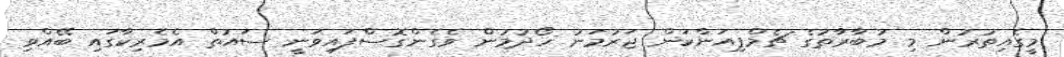
މީގެއިތުރުން މި މުބާރާތުގެ ޗެމްޕިއަންކަން ޖަރުމަނު ހޯދުމުން ވެގެންގޮސްފައިވަނީ ސައުތް އެމެރިކާގައި ބޭއްވި